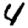
Digit: 4